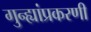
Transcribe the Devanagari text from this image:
गुन्ह्यांप्रकरणी